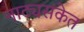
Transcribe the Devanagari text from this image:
नाट्यसंकेत